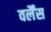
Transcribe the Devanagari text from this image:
वर्लैंस